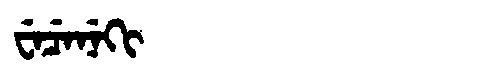
Manchu: ᠸᡝᠴᡝᠨᡝᡴᡳ
Romanization: WECENEKI